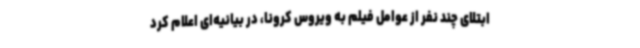
ابتلای چند نفر از عوامل فیلم به ویروس کرونا، در بیانیه‌ای اعلام کرد